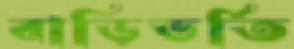
বাড়িভর্তি